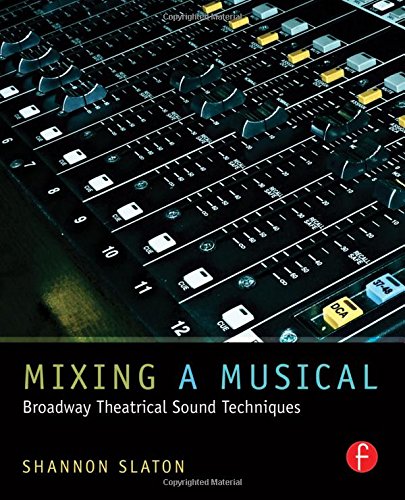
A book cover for Mixing a Musical: Broadway Theatrical Sound Techniques; Shannon Slaton; Arts & Photography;